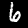
Label: 6